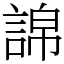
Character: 䛲